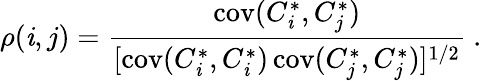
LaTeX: \rho(\mathit{i},j)=\frac{{\mathrm{{cov}}(C_{\mathit{i}}^{*},C_{j}^{*})}}{{[\mathrm{{cov}}(C_{\mathit{i}}^{*},C_{\mathit{i}}^{*})\, \mathrm{{cov}}(C_{j}^{*},C_{j}^{*})]^{1/2}}}~.